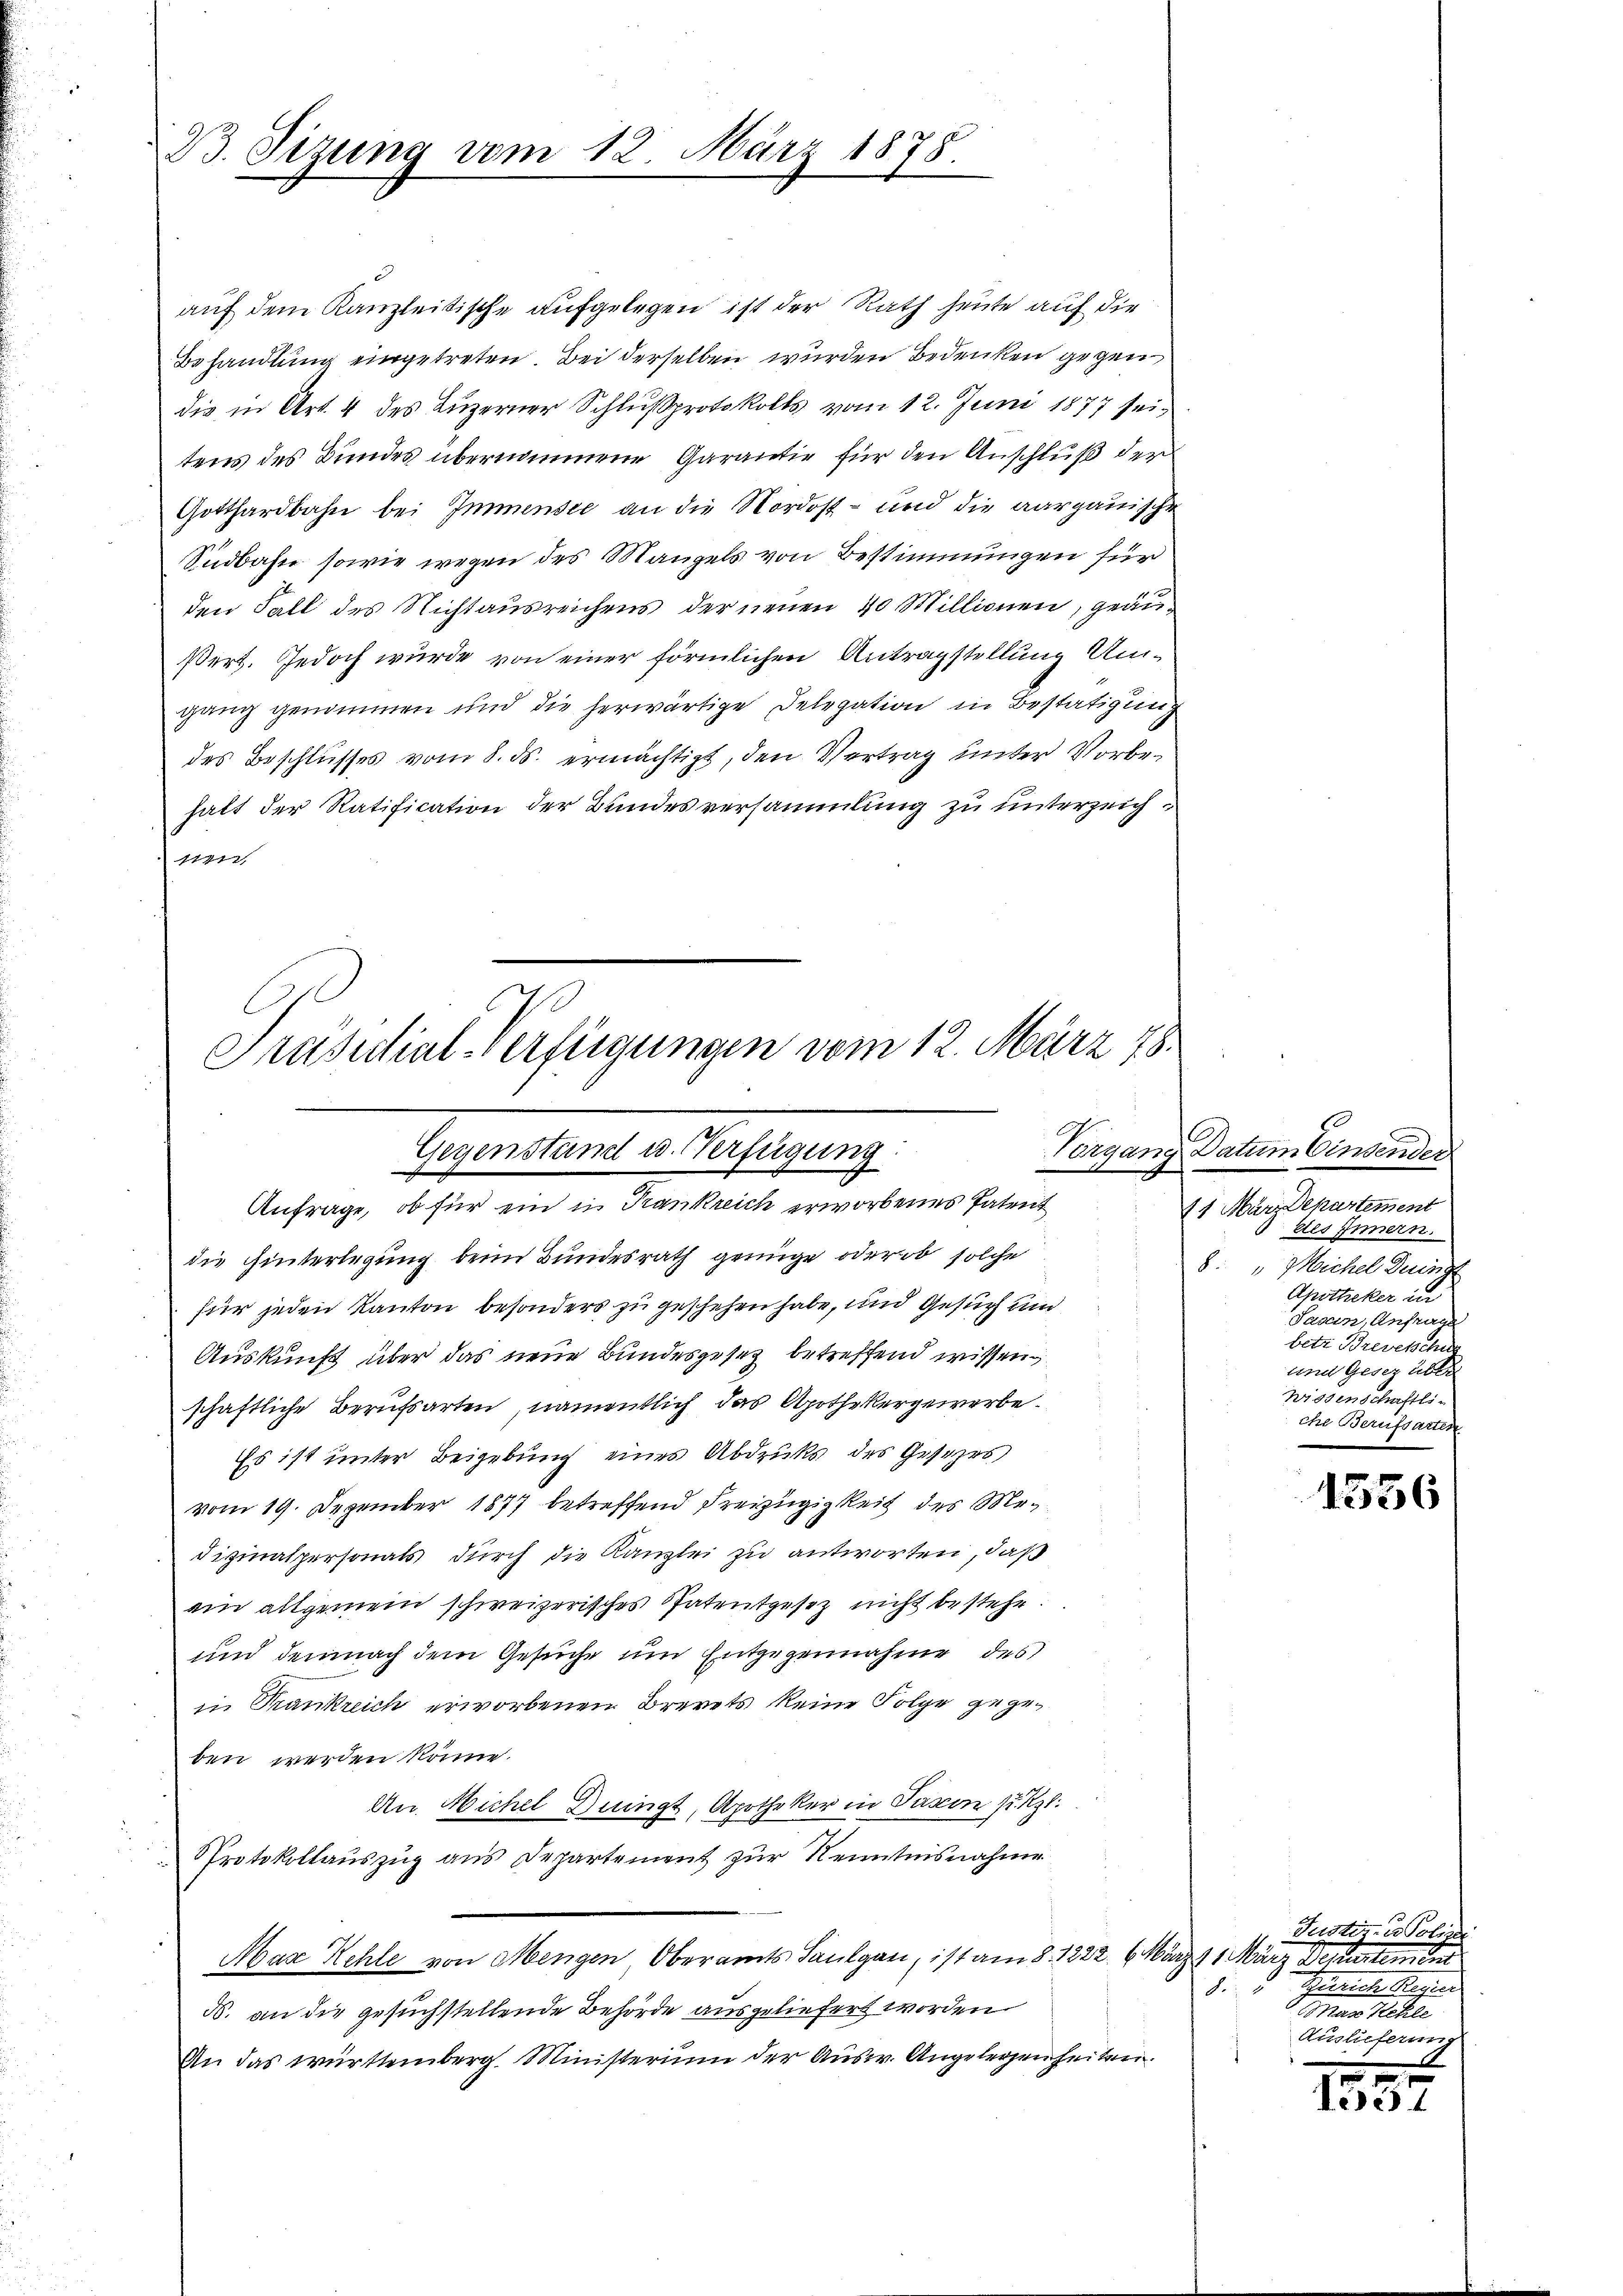
B. Sizung vom 12. März 1878
e

auf dem Kanzleitische aufgelegen ist der Rath heute auf die
Behandlung eingetreten. Bei derselben wurden Bedenken gegen
die in Art. 4 des Luzerner Schlußprotokolls vom 12. Juni 1877 sei,
tens des Bundes übernommene Garantie für den Anschluß der
Gotthardbahn bei Immensee an die Nordost- und die aargauische
Südbahne sowie wegen des Mangels von Bestimmungen für
den Fall des Nichtausreichens der neuen 40 Millionen, geäußert. Jedoch wurde von einer förmlichen Antragstellung Umgang genommen und die herwärtige Delegation in Bestätigung
des Beschlusses vom 8. ds. ermächtigt, den Vertrag unter Vorbehalt der Ratification der Bundesversammlung zu unterzeichwich

E
7
Präsidial-Verfügungen vom 12. März 78.
Gegenstand es Verfügung.
Fr., u
Anfrage, ob für ein in Frankreich erworbenes Patent

die hinterlegung beim Bundesrath genüge oder ob solche
für jeden Kanton besonders zu geschehen habe, und Gesuch und
Auskunft über das neue Bundesgesetz betreffend wissen,
schaftliche Berufsarten, namentlich das Apothekergewerbe.
Es ist unter Beigebung eines Abdrucks des Gesetzes
vom 19. Dezember 1877 betreffend Freyzügigkeit des Medizinalpersonals durch die Kanzlei zu antworten, daß
ein allgemein schweizerisches Patentgesetz nicht bestehe.
und demnach dem Gesuche und Entgegennahme des
in Krankreich erworbenen Brevets keine Folge gegeben werden könne.
An. Michel Deinigt, Apotheker in Passen ppt.
Protokollaŭszŭg ans Departement zŭr Kenntnisnahme
Max Kehle von Mengen, Oberamts Saulgan, ist am 8. 1222. 6. März 1 März Departement
N. an die gesuchstellende Behörde ausgeliefert worden
An das württemberg. Ministerium der Ausw. Angelegenheiten.

60
Vorgane Datum Einsender
11 März Departement
des Innern.
8. " Michel Deine
Apotheker in
Sasan, Anfrage
betr. Brevetschun
und Gesetz über
Wissenschaftli
che Berufsarten

1556

Justiz- u Polizei
Sigister Regier
.
ar Rechten
Auslieferung

1551